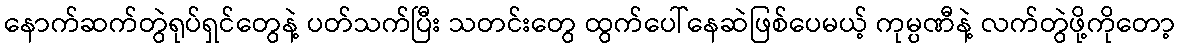
နောက်ဆက်တွဲရုပ်ရှင်တွေနဲ့ ပတ်သက်ပြီး သတင်းတွေ ထွက်ပေါ်နေဆဲဖြစ်ပေမယ့် ကုမ္ပဏီနဲ့ လက်တွဲဖို့ကိုတော့